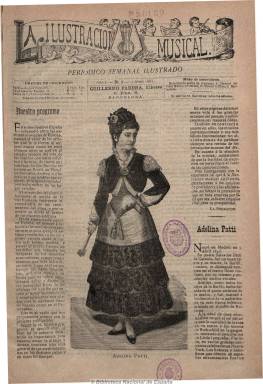
Título: La Ilustración musical
Colección: Música
Ámbito geográfico: Barcelona
Lugar de publicación: Barcelona
Fechas: 07/04/1883-29/03/1884

Con el subtítulo “periódico semanal ilustrado” aparece los sábados en números de cuatro páginas, siendo su propietario y editor el librero Guillermo Parera y, probablemente su director, Felipe Pedrell. Dedicada a difundir la música tanto antigua como moderna. Publica una galería de biografías de músicos, con un grabado o fotografía en la primera página, así como artículos técnicos y una revista sobre las novedades y acontecimientos teatrales tanto españoles como extranjeros. También incluye algunas composiciones poéticas, y entre sus colaboradores se encuentran José Echegaray y Juan Eugenio Hartzenbusch. En su última página publica también una caricatura del algún músico contemporáneo. En el último número de cada año o tomo incluye un índice anual. Por separado editó partituras para canto y piano y piano solo.